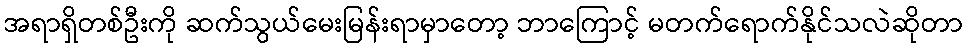
အရာရှိတစ်ဦးကို ဆက်သွယ်မေးမြန်းရာမှာတော့ ဘာကြောင့် မတက်ရောက်နိုင်သလဲဆိုတာ